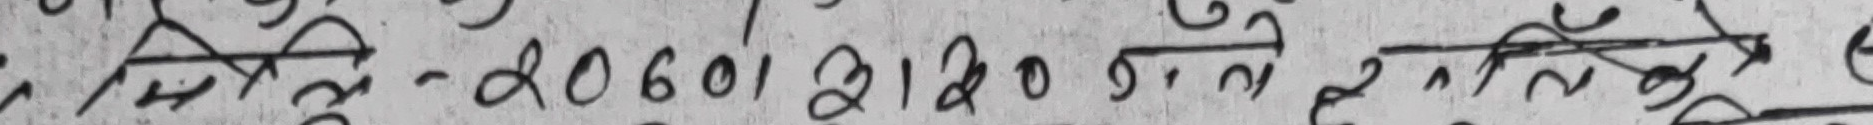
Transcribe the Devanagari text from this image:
रू-20601 ३।20.9.2 रूटे